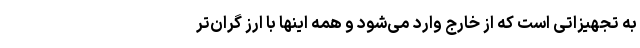
به تجهیزاتی است که از خارج وارد می‌شود و همه اینها با ارز گران‌تر